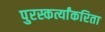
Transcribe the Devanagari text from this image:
पुरस्कर्त्यांकरिता